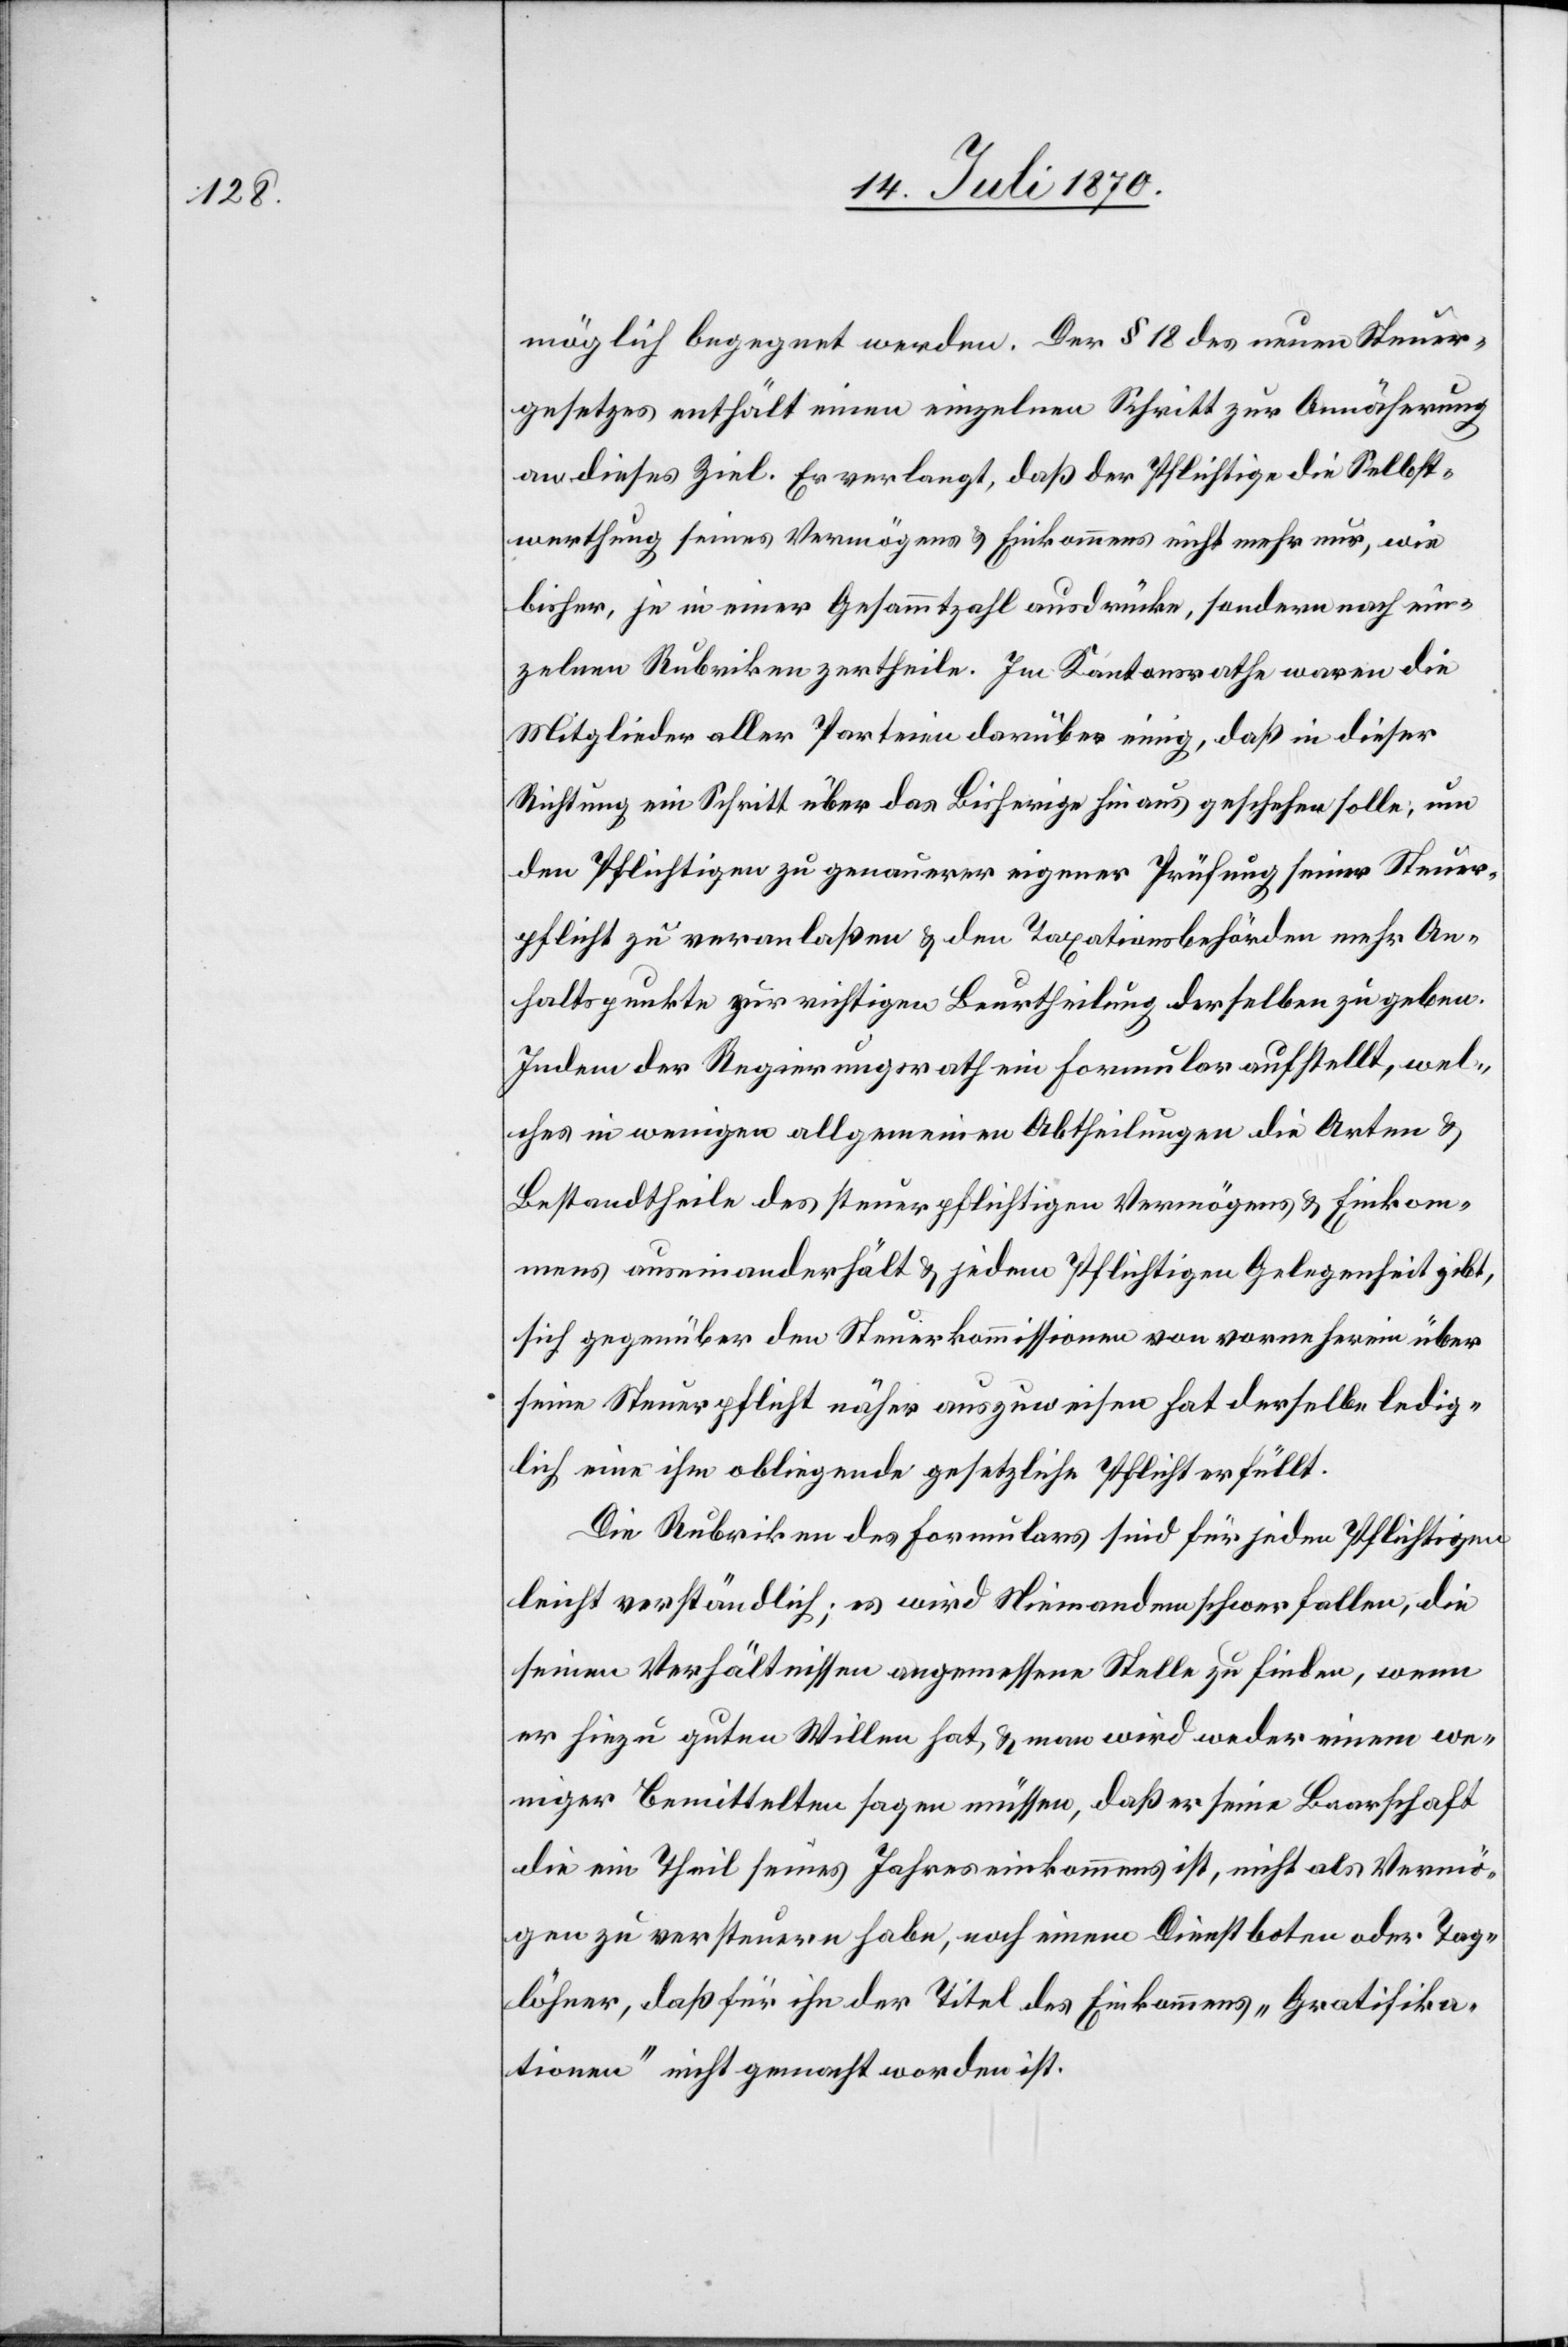
möglich begegnet werden. Der § 18 des neuen Steuer¬
gesetzes enthält einen einzelnen Schritt zur Annäherung
an dieses Ziel. Er verlangt, daß der Pflichtige die Selbst¬
werthung seines Vermögens & Einkommens nicht mehr nur, wie
bisher, je in einer Gesammtzahl ausdrücke, sondern nach ein¬
zelnen Rubriken zertheile. Im Kantonsrathe waren die
Mitglieder aller Parteien darüber einig, daß in dieser
Richtung ein Schritt über das Bisherige hinaus geschehen solle, um
den Pflichtigen zu genauerer eigener Prüfung seiner Steuer¬
pflicht zu veranlaßen & den Taxationsbehörden mehr An¬
haltspunkte zur richtigen Beurtheilung derselben zu geben.
Idem der Regierungsrath ein Formular aufstellt, wel¬
ches in weniger allgemeinen Abtheilungen die Arten &
Bestandtheile des steuerpflichtigen Vermögens & Einkom¬
mens auseinanderhält & jedem Pflichtigen Gelegenheit gibt,
sich gegenüber den Steuerkommissionen von vorneherein über
seine Steuerpflicht näher auszuweisen[,] hat derselbe ledig¬
lich eine ihm obliegende gesetzliche Pflicht erfüllt.
Die Rubriken des Formulars sind für jeden Pflichtigen
leicht verständlich; es wird Niemandem schwer fallen, die
seinen Verhältnissen angemessene Stelle zu finden, wenn
er hiezu guten Willen hat, & man wird weder einem we¬
niger bemittelten sagen müssen, daß er seine Baarschaft
die ein Theil seines Jahreseinkommens ist, nicht als Vermö¬
gen zu versteuern habe, noch einem Dienstboten oder Tag¬
löhner, daß für ihn der Titel des Einkommens „Gratifika¬
tionen“ nicht gemacht worden ist.